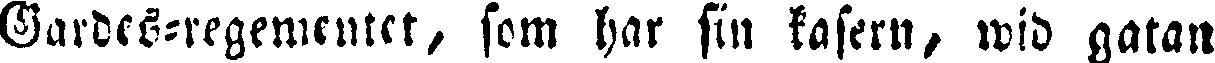
Gardes-regementet, som har sin kasern, wid gatan